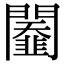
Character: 𨷆